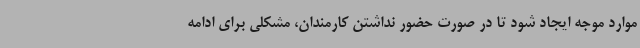
موارد موجه ایجاد شود تا در صورت حضور نداشتن کارمندان، مشکلی برای ادامه